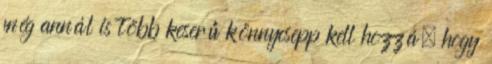
még annál is több keserű könnycsepp kell hozzá, hogy